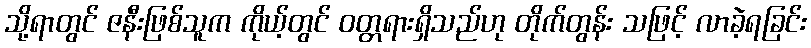
သို့ရာတွင် ဇနီးဖြစ်သူက ကိုယ့်တွင် ဝတ္တရားရှိသည်ဟု တိုက်တွန်း သဖြင့် လာခဲ့ရခြင်း